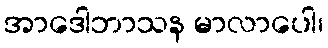
အာဒေါဘာသန မာလာပေါ၊